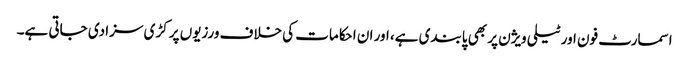
اسمارٹ فون اور ٹیلی ویژن پر بھی پابندی ہے، اور ان احکامات کی خلاف ورزیوں پر کڑی سزا دی جاتی ہے۔